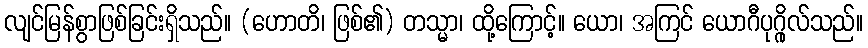
လျင်မြန်စွာဖြစ်ခြင်းရှိသည်။ (ဟောတိ၊ ဖြစ်၏) တသ္မာ၊ ထို့ကြောင့်။ ယော၊ အကြင် ယောဂီပုဂ္ဂိုလ်သည်။